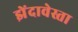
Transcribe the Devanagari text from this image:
झेंदावेस्ता